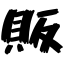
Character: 販